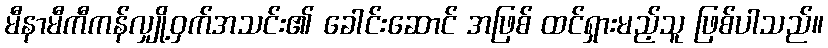
မီနာမီကီကန်လျှို့ဝှက်အသင်း၏ ခေါင်းဆောင် အဖြစ် ထင်ရှားမည့်သူ ဖြစ်ပါသည်။